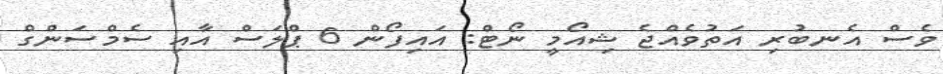
ވެސް އެނބުރި އަތުވެއްޖެ ޝިއޯމީ ނޯޓް: އައިފޯން 6 ޕްލަސް އާއި ސެމްސަންގް